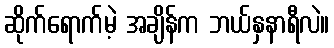
ဆိုက်ရောက်မဲ့ အချိန်က ဘယ်နှနာရီလဲ။